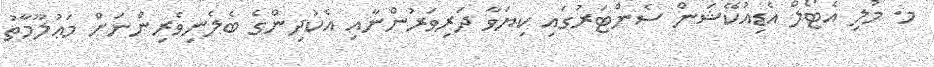
މ. މުލި އެޓޯލް އެޑިއުކޭޝަން ސެންޓަރުގައި ކިޔަވާ ދަރިވަރުންނާއި އެކުދިންގެ ބެލެނިވެރިންނަށް މަޢުލޫމާތު